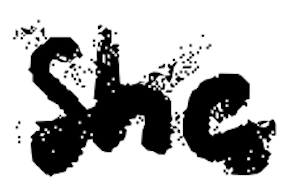
Text: she
Cross-out: cross
Writing tool: digital_black